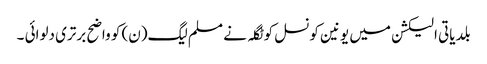
بلدیاتی الیکشن میں یونین کونسل کوٹگلہ نے مسلم لیگ(ن) کو واضح برتری دلوائی ۔